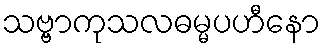
သဗ္ဗာကုသလဓမ္မပဟီနော